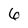
Character: 6